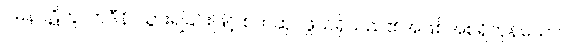
ဂမနပဋိကူလာဒီနိ၊ သွားရခြင်းဖြင့် စက်ဆုပ်ဖွယ်ရှိသည်၏အဖြစ်အစရှိကုန်သော။